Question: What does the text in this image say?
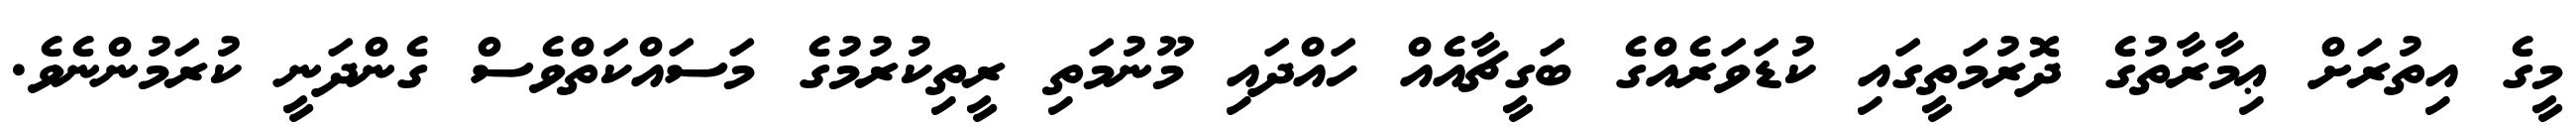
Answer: މީގެ އިތުރަށް ޢިމާރާތުގެ ދޮރުމަތީގައި ކުޑަވަރެއްގެ ބަގީޗާއެއް ހައްދައި މޫނުމަތި ރީތިކުރުމުގެ މަސައްކަތްވެސް ގެންދަނީ ކުރަމުންނެވެ.